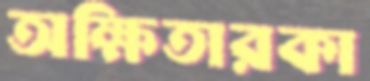
অক্ষিতারকা